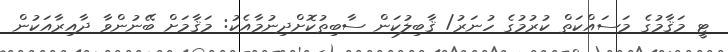
ޓީ މަޤާމުގެ މަސައްކަތް ކުރުމުގެ ހުނަރު/ ޤާބިލުކަން ސާބިތުކޮށްދިނުމާއެކު: މަޤާމަށް ބޭނުންވާ ދާއިރާއަކުން